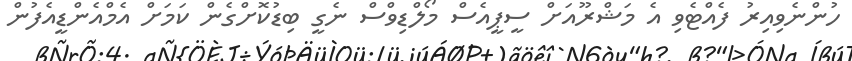
ހުންނެވިއިރު ފެއްޓެވި އެ މަޝްރޫއަށް ސީޕީއެސް މޯލްޑިވްސް ނެގީ ބިޑުކޮށްގެން ކަމަށް އެމްއެންޑީއެފުން